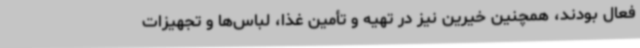
فعال بودند، همچنین خیرین نیز در تهیه و تأمین غذا، لباس‌ها و تجهیزات